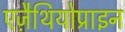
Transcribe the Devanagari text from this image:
एज़ैथियोप्राइन